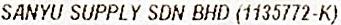
SANYU SUPPLY SDN BHD (1135772-K)